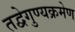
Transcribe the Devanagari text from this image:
तद्वेगुण्यक्रमेण